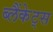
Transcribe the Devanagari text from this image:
ब्लैंकेट्स